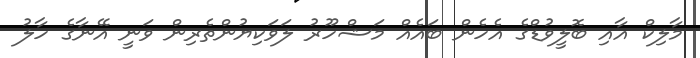
މާލިކް އާއި ބޮލީވުޑްގެ އެހެން ބައެއް މަޝްހޫރު ލަވަކިޔުންތެރިން ވަނީ އޭނާގެ ހާލު